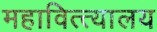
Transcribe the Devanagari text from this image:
महावित्त्यालय